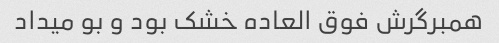
همبرگرش فوق العاده خشک بود و بو میداد